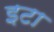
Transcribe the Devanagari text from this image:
इटा